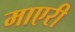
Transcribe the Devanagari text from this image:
माएरी